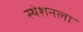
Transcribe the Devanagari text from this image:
स्ठेशनला